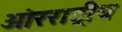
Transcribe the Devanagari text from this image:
आंरराष्ट्रीय